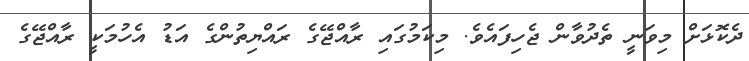
ދެކޮޅަށް މިވަނީ ތެދުވާން ޖެހިފައެވެ. މިކަމުގައި ރާއްޖޭގެ ރައްޔިތުންގެ އަޑު އެހުމަކީ ރާއްޖޭގެ